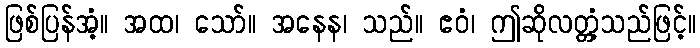
ဖြစ်ပြန်အံ့။ အထ၊ သော်။ အနေန၊ သည်။ ဧဝံ၊ ဤဆိုလတ္တံ့သည်ဖြင့်။